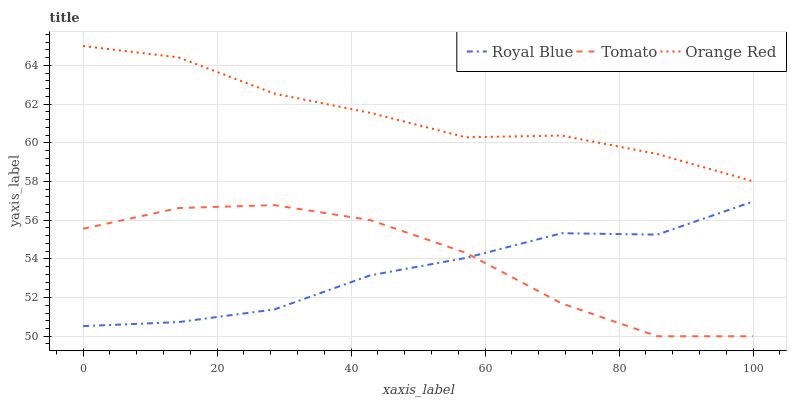
| xaxis_label | Royal Blue | Tomato | Orange Red |
 | --- | --- | --- | --- |
 | 0 | 50.5 | 55.6 | 65 |
 | 14.3 | 50.7 | 56.6 | 64.4 |
 | 28.6 | 51.4 | 56.8 | 62.5 |
 | 42.9 | 53.1 | 56 | 61.5 |
 | 57.1 | 54 | 54.3 | 60.3 |
 | 71.4 | 55.3 | 51.7 | 60.4 |
 | 85.7 | 55.3 | 50 | 59.4 |
 | 100 | 57 | 50 | 58 |